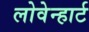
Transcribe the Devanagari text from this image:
लोवेन्हार्ट